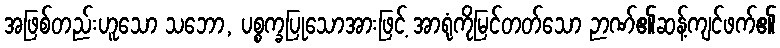
အဖြစ်တည်းဟူသော သဘော, ပစ္စက္ခပြုသောအားဖြင့် အာရုံကိုမြင်တတ်သော ဉာဏ်၏ဆန့်ကျင်ဖက်၏